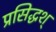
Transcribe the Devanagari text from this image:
प्रसिद्धश्